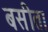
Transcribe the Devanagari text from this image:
बसीता